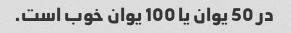
در 50 یوان یا 100 یوان خوب است.